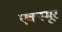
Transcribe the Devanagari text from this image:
एक्स्मूर